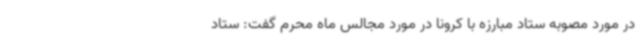
در مورد مصوبه ستاد مبارزه با کرونا در مورد مجالس ماه محرم گفت: ستاد